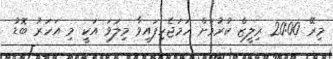
މިރޭ 20:00 ރިލީޒް ކުރުމަށް ހަމަޖެހިފައިވާ މިލަވަ އަކީ މި އަހަރު ބޮޑު